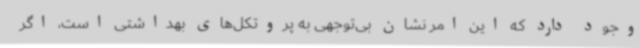
وجود دارد که این امر نشان بی‌توجهی به پروتکل‌های بهداشتی است، اگر